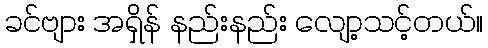
ခင်ဗျား အရှိန် နည်းနည်း လျော့သင့်တယ်။